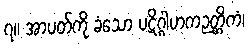
၇။ အာပတ်ကို ခံသော ပဋိဂ္ဂါဟကဉတ္တိကံ၊